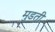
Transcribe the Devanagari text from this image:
मुडती